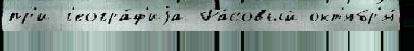
пр'и г'еогра́ф'иjа Ра́совый окт'ябр'я́